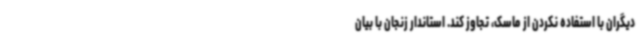
دیگران با استفاده نکردن از ماسک، تجاوز کند. استاندار زنجان با بیان